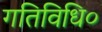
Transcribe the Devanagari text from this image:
गतिविधि०